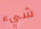
شيء